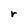
Character: r